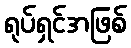
ရုပ်ရှင်အဖြစ်